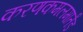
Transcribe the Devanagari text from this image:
करणकमलमार्तंड